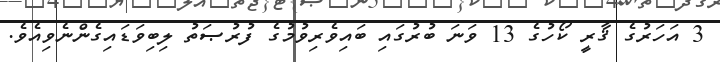
3 އަހަރުގެ ޤާރީ ކޯހުގެ 13 ވަނަ ބުރުގައި ބައިވެރިވުމުގެ ފުރުޞަތު ލިބިވަޑައިގެންނެވިއެވެ.